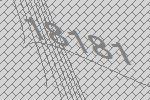
18181